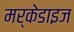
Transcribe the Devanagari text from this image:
मर्केडाइज